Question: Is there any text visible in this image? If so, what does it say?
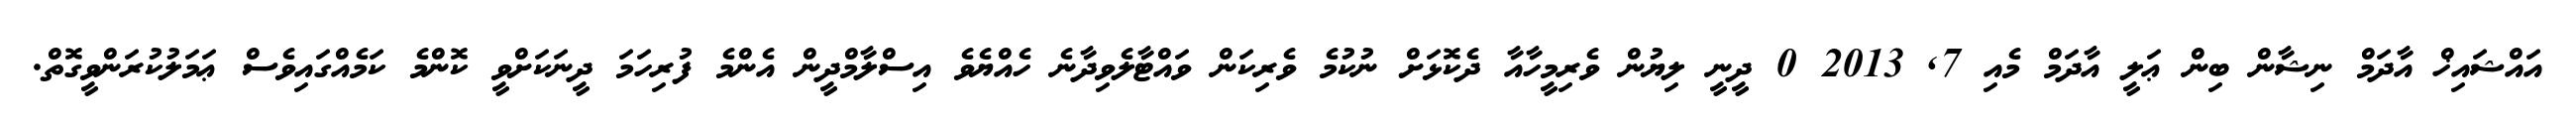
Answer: އައްޝައިޚް އާދަމް ނިޝާން ބިން ޢަލީ އާދަމް މެއި 7, 2013 0 ދީނީ ލިޔުން ވެރިމީހާއާ ދެކޮޅަށް ނުކުމެ ވެރިކަން ވައްޓާލެވިދާނެ ހެއްޔެވެ އިސްލާމްދީން އެންމެ ފުރިހަމަ ދީނަކަށްވީ ކޮންމެ ކަމެއްގައިވެސް ޢަމަލުކުރަންވީގޮތް.